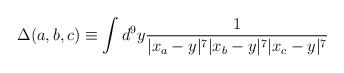
LaTeX: \begin{align*}\Delta(a,b,c) \equiv\int d^9 y {1\over |x_a-y|^7 |x_b -y|^7|x_c-y|^7}\end{align*}